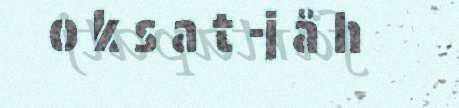
o k s a t -j å h